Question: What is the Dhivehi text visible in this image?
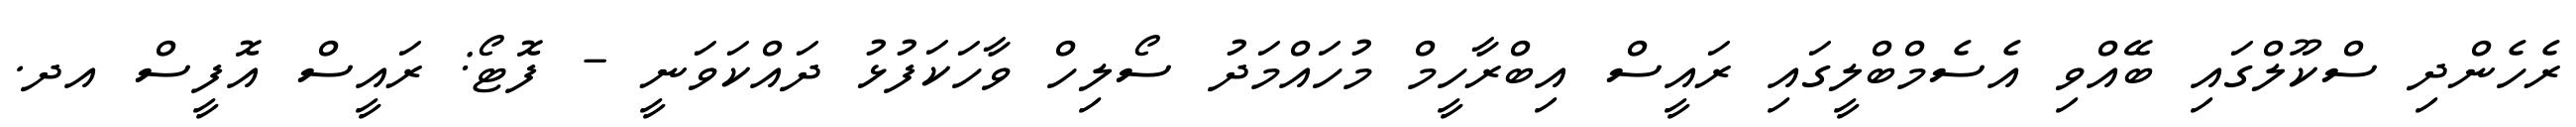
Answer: ރެހެންދި ސްކޫލްގައި ބޭއްވި އެސެމްބްލީގައި ރައީސް އިބްރާހީމް މުހައްމަދު ސޯލިހް ވާހަކަފުޅު ދައްކަވަނީ - ފޮޓޯ: ރައީސް އޮފީސް އދ.